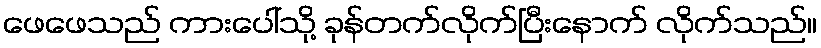
ဖေဖေသည် ကားပေါ်သို့ ခုန်တက်လိုက်ပြီးနောက် လိုက်သည်။